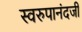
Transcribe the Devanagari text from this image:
स्वरुपानंदजी